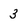
Character: 3